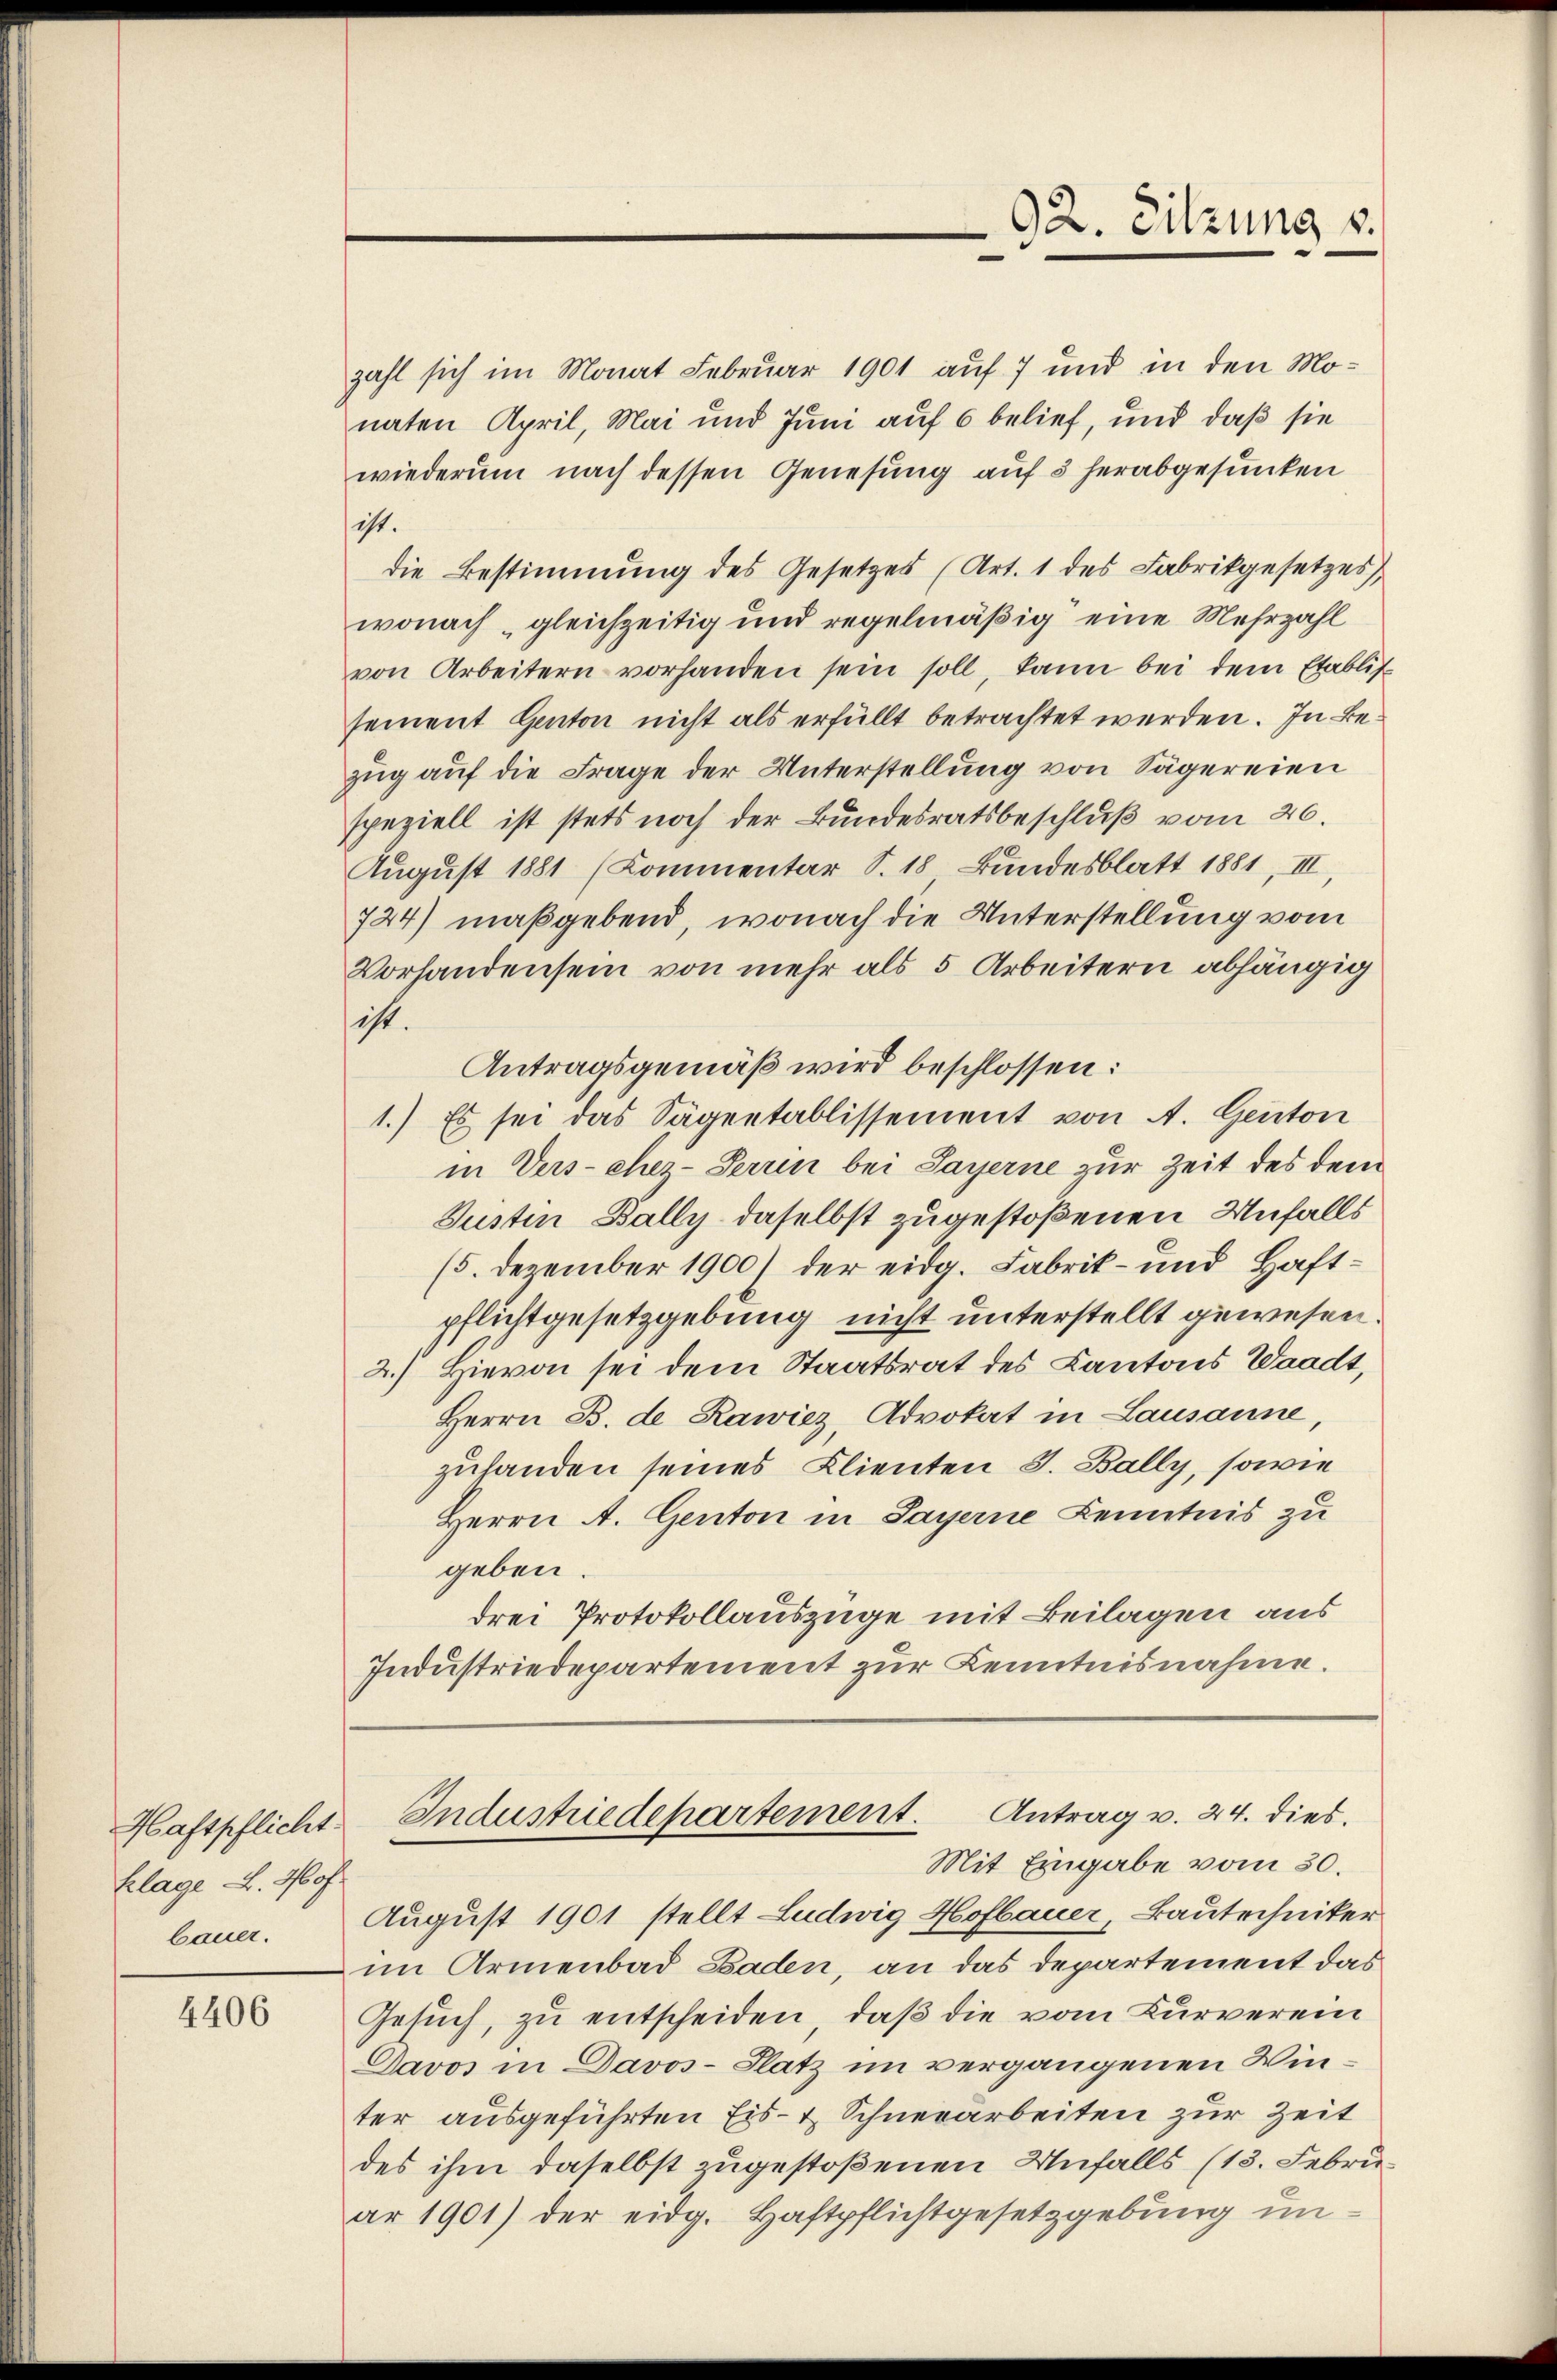
Haftpflicht
klage u. 460 f.
bauer.

4406

zahl sich im Monat Februar 1901 auf 7 und in den Monaten April, Mai und Juni auf 6 belief, und daß sie
wiederum nach dessen Genesung auf 3 herabgesunken
ist.
die Bestimmung des Gesetzes (Art. 1 des Fabrikgesetzes,
wonach gleichzeitig und regelmäßig eine Mehrzahl
von Arbeitern vorhanden sein soll, kann bei dem Etablis
sement Genton nicht als erfüllt betrachtet werden. In Bezug auf die Frage der Unterstellung von Sägereien
speziell ist stets noch der Bundesratsbeschluß vom 26.
August 1881 (Kommentar S. 18 Bundesblatt 1881, III,
724) maßgebend, wonach die Unterstellung vom
Vorhandensein von mehr als 5 Arbeitern abhängig
ist.
Antragsgemäß wird beschlossen:
1.) Es sei das Sägentablissement von A. Genton
in Verschez-Terrin bei Sayerne zur Zeit des dem
Justin Bally daselbst zugestoßenen Unfalls
(5. Dezember 1900) der eidg. Fabrik- und Haftpflichtgesetzgebung nicht unterstellt gewesen
2.) Hievon sei dem Staatsrat des Cantons Waadt,
Herrn B. de Rawiez, Advokat in Lausanne,
zuhanden seines Klienten S. Bally, sowie
Herrn A. Genton in Payerne Kenntnis zu
geben.
drei Protokollauszüge mit Beilagen aus
Industriedepartement zur Kenntnisnahme.

92. Sitzung v.

Industriedepartement. Antrag v. 24. dies
Mit Eingabe vom 30.

August 1901 stellt Ludwig Hofbauer, Bautechniker
im Armenbad Baden, an das Departement das
Gesuch, zu entscheiden, daß die vom Kurverein
Davos in Davos- Platz im vergangenen Winter ausgeführten Eis- & Schneearbeiten zur Zeit
des ihm daselbst zugestoßenen Unfalls (13. Febru
ar 1901) der eidg. Haftpflichtgesetzgebung im